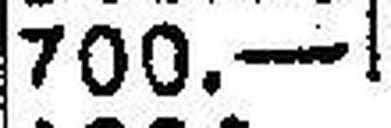
700.—